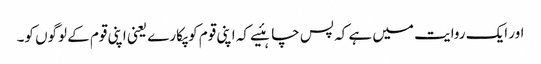
اور ایک روایت میں ہے کہ پس چاہئیے کہ اپنی قوم کو پکارے یعنی اپنی قوم کے لوگوں کو۔